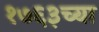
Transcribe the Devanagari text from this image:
१७६३च्या